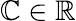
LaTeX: \mathbb{C}\in\mathbb{{R}}